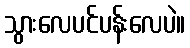
သွားလေပင်ပန်းလေပဲ။